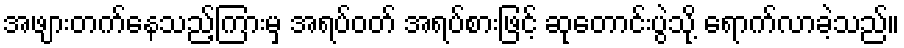
အဖျားတက်နေသည့်ကြားမှ အရပ်ဝတ် အရပ်စားဖြင့် ဆုတောင်းပွဲသို့ ရောက်လာခဲ့သည်။